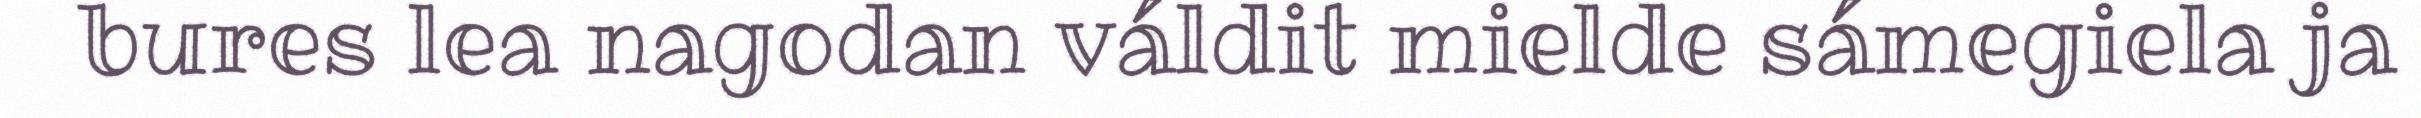
bures lea nagodan váldit mielde sámegiela ja